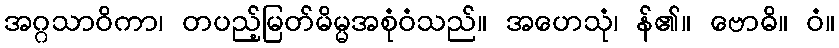
အဂ္ဂသာဝိကာ၊ တပည့်မြတ်မိမ္မအစုံဝံသည်။ အဟေသုံ၊ န်၏။ ဗောဓိ။ ဝံ။